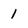
Character: 1